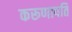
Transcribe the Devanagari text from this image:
करूणापति